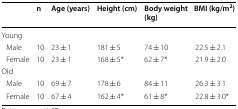
<table><thead><tr><td></td><td><b>n</b></td><td><b>Age (years)</b></td><td><b>Height (cm)</b></td><td><b>Body weight (kg)</b></td><td><b>BMI (kg/m<sup>2</sup>)</b></td></tr></thead><tbody><tr><td colspan="6">Young</td></tr><tr><td> Male</td><td>10</td><td>23 ± 1</td><td>181 ± 5</td><td>74 ± 10</td><td>22.5 ± 2.1</td></tr><tr><td> Female</td><td>10</td><td>23 ± 1</td><td>168 ± 5*</td><td>62 ± 7*</td><td>21.9 ± 2.0</td></tr><tr><td colspan="6">Old</td></tr><tr><td> Male</td><td>10</td><td>69 ± 7</td><td>178 ± 6</td><td>84 ± 11</td><td>26.3 ± 3.1</td></tr><tr><td> Female</td><td>10</td><td>67 ± 4</td><td>162 ± 4*</td><td>61 ± 8*</td><td>22.8 ± 3.0*</td></tr></tbody></table>